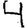
Digit: 4